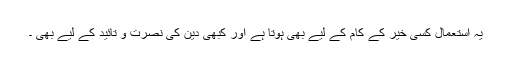
یہ استعمال کسی خیر کے کام کے لیے بھی ہوتا ہے اور کبھی دین کی نصرت و تائید کے لیے بھی ۔